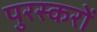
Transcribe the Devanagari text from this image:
पुरस्करों